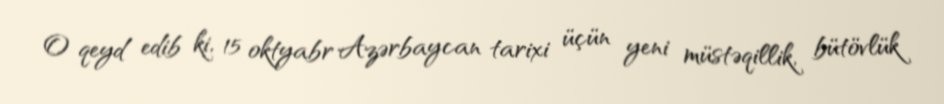
O qeyd edib ki, 15 oktyabr Azərbaycan tarixi üçün yeni müstəqillik, bütövlük